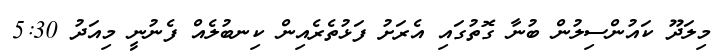
މިލަދޫ ކައުންސިލުން ބުނާ ގޮތުގައި އެރަށު ފަޅުތެރެއިން ކިނބުލެއް ފެނުނީ މިއަދު 5:30